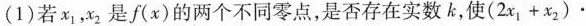
(1)若x_{1}，x_{2}是f(x)的两个不同零点，是否存在实数k，使$$( 2 x _ { 1 } + x _ { 2 } )$$.